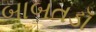
બાબતડૉ